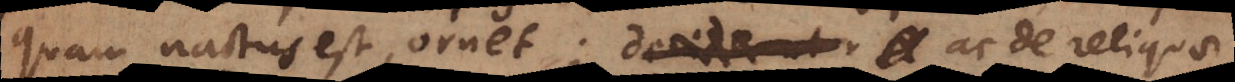
quam nactus est, ornet; ac de reliquo